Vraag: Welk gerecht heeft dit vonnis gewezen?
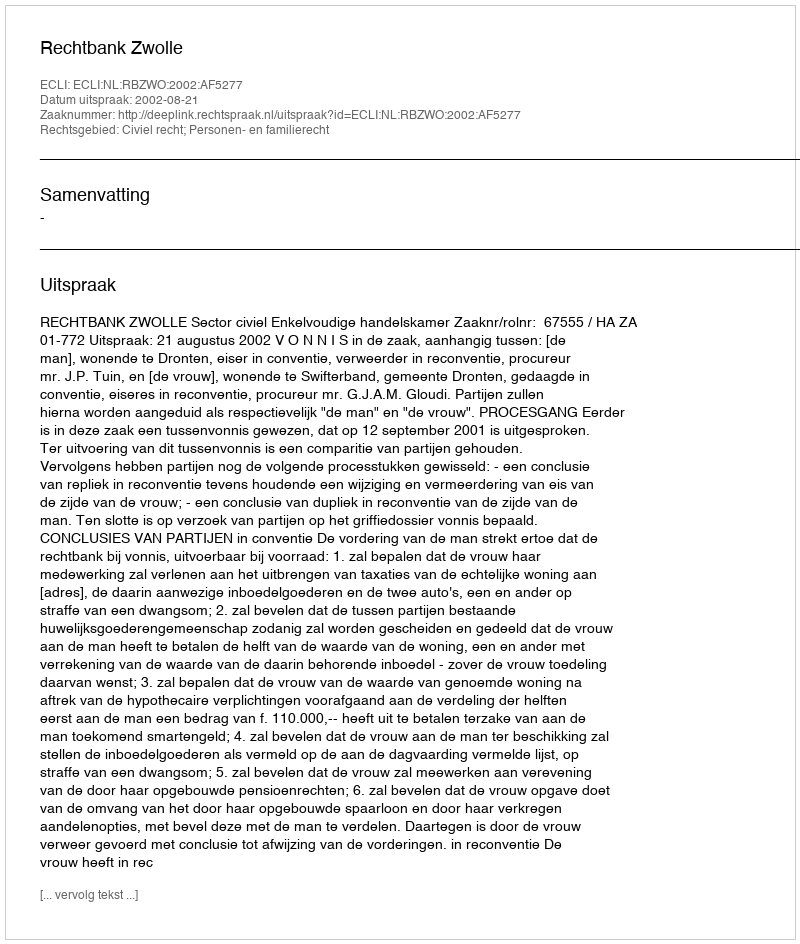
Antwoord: Rechtbank Zwolle